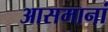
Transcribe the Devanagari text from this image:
आसमानां